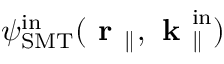
{ \psi } _ { \mathrm { S M T } } ^ { \mathrm { i n } } ( \textbf { r } _ { \parallel } , \textbf { k } _ { \parallel } ^ { \mathrm { i n } } )